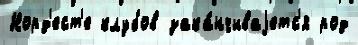
Норд'ест'е клубов зака́нчиваjетс'я род